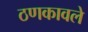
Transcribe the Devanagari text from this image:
ठणकावले